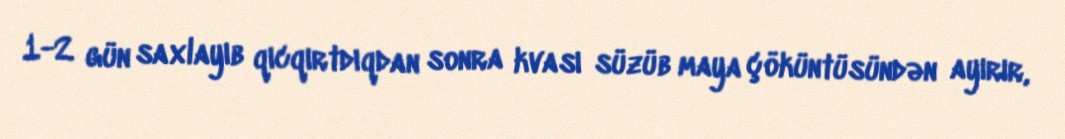
1-2 gün saxlayıb qıcqırtdıqdan sonra kvası süzüb maya çöküntüsündən ayırır,